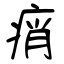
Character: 痟